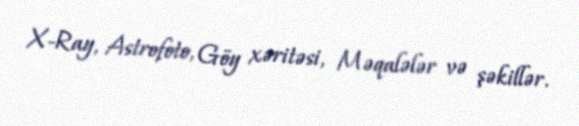
X-Ray, Astrofoto, Göy xəritəsi, Məqalələr və şəkillər.